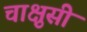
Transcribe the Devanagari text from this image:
चाक्षुसी